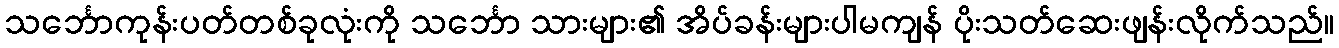
သင်္ဘောကုန်းပတ်တစ်ခုလုံးကို သင်္ဘော သားများ၏ အိပ်ခန်းများပါမကျန် ပိုးသတ်ဆေးဖျန်းလိုက်သည်။